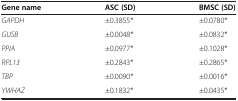
| Gene name | ASC (SD) | BMSC (SD) |
 | --- | --- | --- |
 | GAPDH | ±0.3855* | ±0.0780* |
 | GUSB | ±0.0048* | ±0.0832* |
 | PPIA | ±0.0977* | ±0.1028* |
 | RPL13 | ±0.2843* | ±0.2865* |
 | TBP | ±0.0090* | ±0.0016* |
 | YWHAZ | ±0.1832* | ±0.0435* |